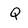
Character: Q